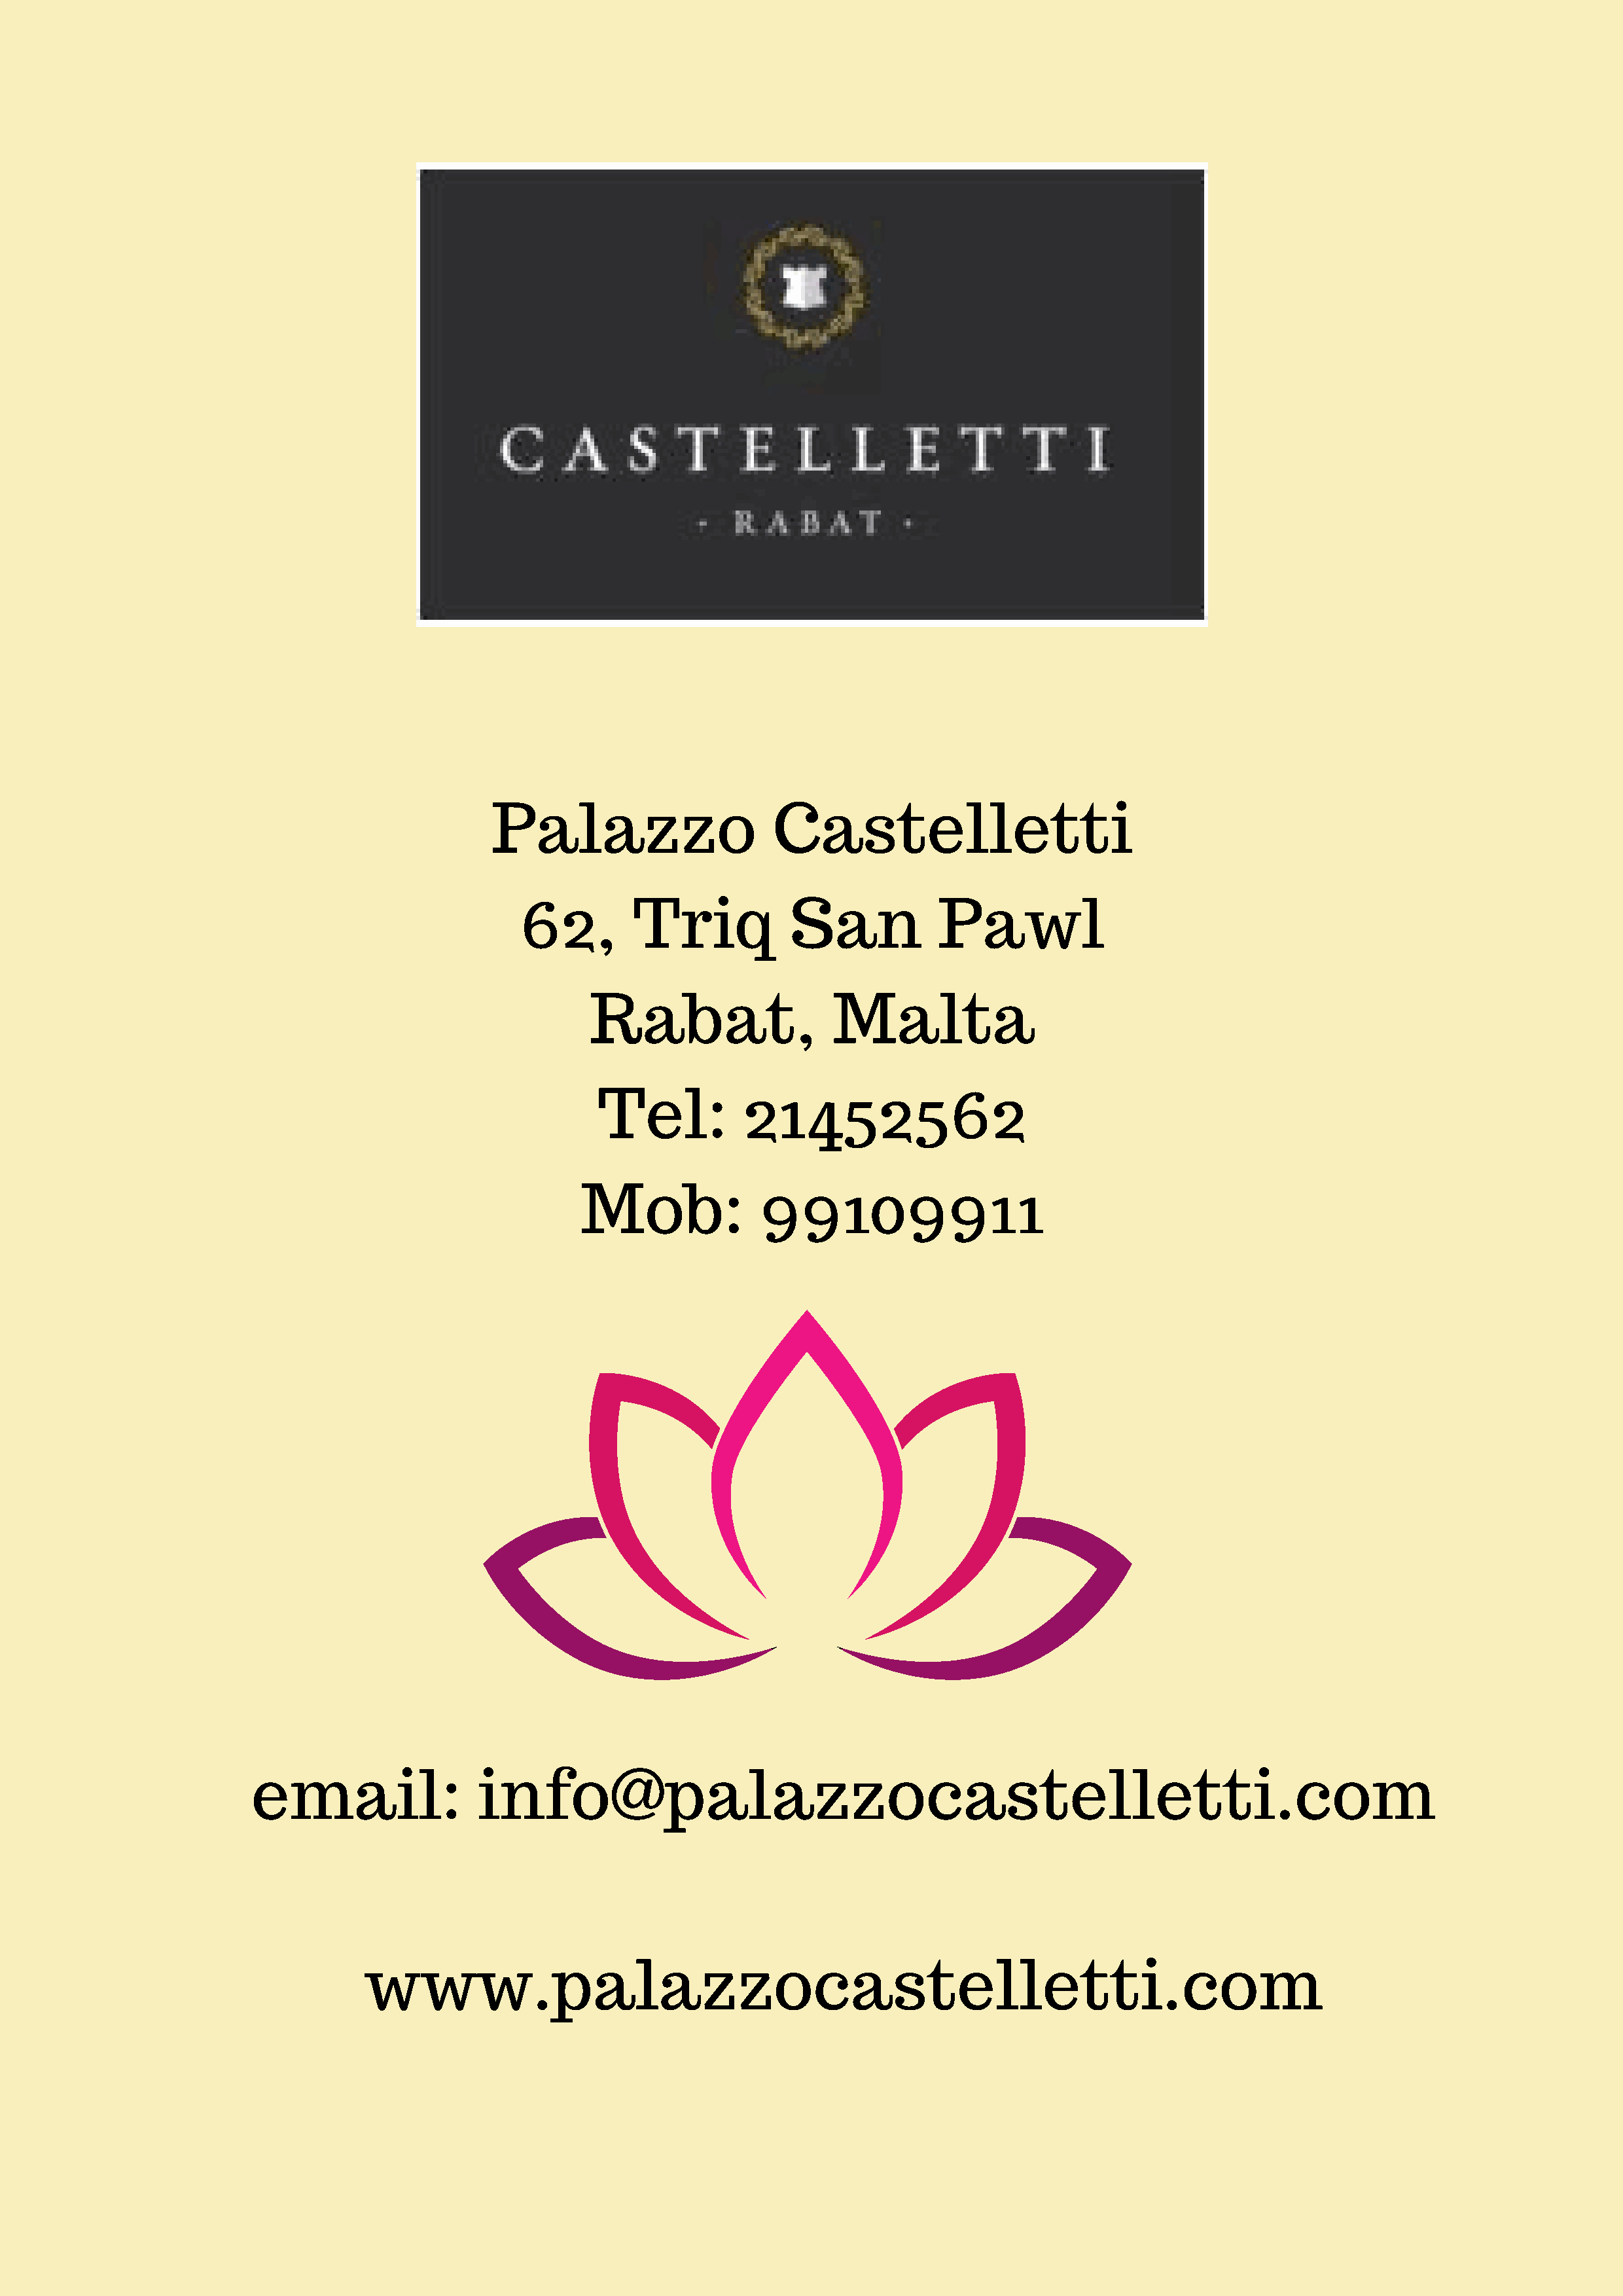
Palazzo                     Castelletti
 62,        Triq            San            Pawl
 Rabat,                  Malta
 Tel:           21452562
 Mob:              99109911
 email:                 info@palazzocastelletti.com
 www.palazzocastelletti.com